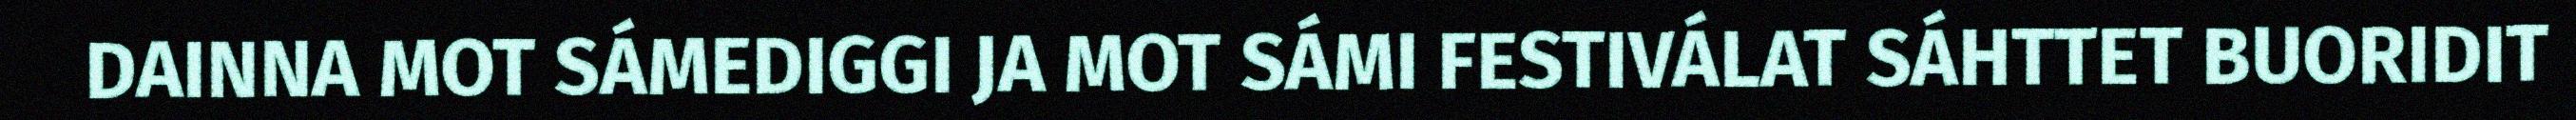
DAINNA MOT SÁMEDIGGI JA MOT SÁMI FESTIVÁLAT SÁHTTET BUORIDIT